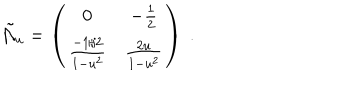
LaTeX: \tilde { \cal A } _ { u } = \left( \begin{matrix} { { 0 } } & { { - { \frac { 1 } { 2 } } } } \\ { { { \frac { - 1 / 2 } { 1 - u ^ { 2 } } } } } & { { { \frac { 2 u } { 1 - u ^ { 2 } } } } } \\ \end{matrix} \right) \ .